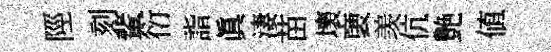
陘刻輩衍詣眞淒苗壞褏羡伉艶値